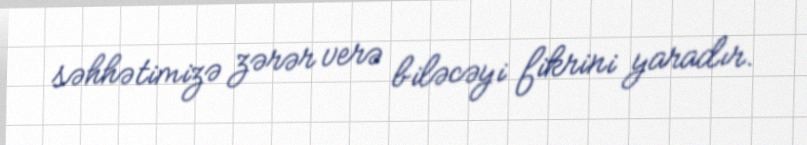
səhhətimizə zərər verə biləcəyi fikrini yaradır.